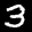
Label: 3